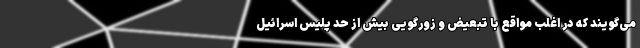
می‌گویند که در اغلب مواقع با تبعیض و زورگویی بیش از حد پلیس اسرائیل